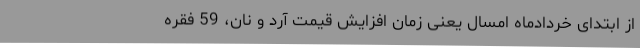
از ابتدای خردادماه امسال یعنی زمان افزایش قیمت آرد و نان، 59 فقره